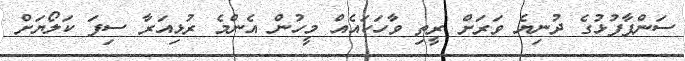
ސަންޕާފުޅުގެ ދުނިޔެ ވަރަށް ރީތި ވާހަކައެއް މީހުން އެންމެ ރުޅިއަރާ ސިފަ ކަލޯޔަށް